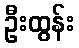
ဦးထွန်း